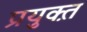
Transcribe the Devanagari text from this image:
प्रयुक्त़